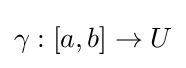
\gamma :[a,b]\to U